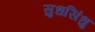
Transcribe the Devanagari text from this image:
सुधसिंधु